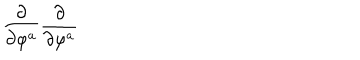
\frac \partial { \partial \varphi ^ { a } } \frac \partial { \partial \varphi ^ { a } }